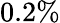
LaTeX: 0.2\%